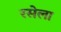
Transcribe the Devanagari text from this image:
रसेला